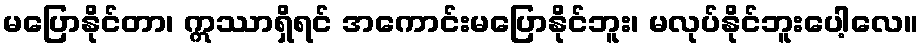
မပြောနိုင်တာ၊ ဣဿာရှိရင် အကောင်းမပြောနိုင်ဘူး၊ မလုပ်နိုင်ဘူးပေါ့လေ။